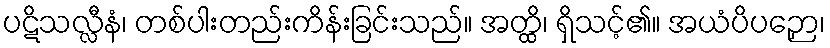
ပဋိသလ္လီနံ၊ တစ်ပါးတည်းကိန်းခြင်းသည်။ အတ္ထိ၊ ရှိသင့်၏။ အယံပိပဉှော၊